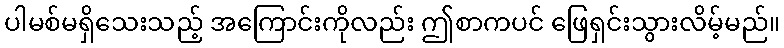
ပါမစ်မရှိသေးသည့် အကြောင်းကိုလည်း ဤစာကပင် ဖြေရှင်းသွားလိမ့်မည်။